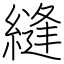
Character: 縫